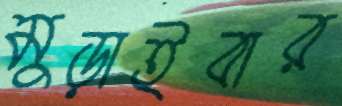
মুড়াইবার